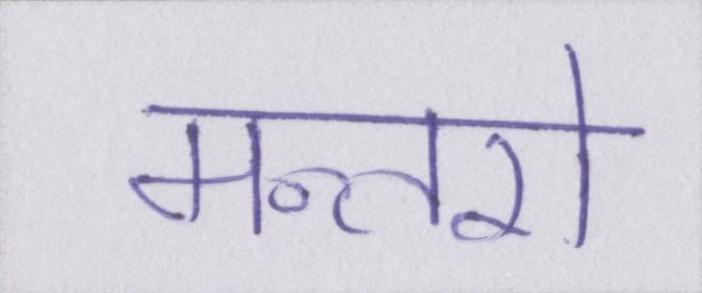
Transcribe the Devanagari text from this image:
मन्तरो